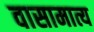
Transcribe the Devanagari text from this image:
वासामात्य